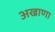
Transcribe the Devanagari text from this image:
अखाणा